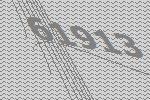
61913